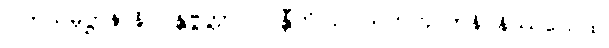
ဝါတသမုဋ္ဌာနာနိ ဂန္တဗ္ဗတ္တာ ပိဝန္တီတိ ဥပါသကကုလာနိ နိဿယေထ